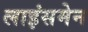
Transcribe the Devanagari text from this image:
लाइंसमेन